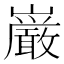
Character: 巌